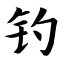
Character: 钓